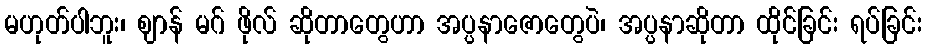
မဟုတ်ပါဘူး၊ ဈာန် မဂ် ဖိုလ် ဆိုတာတွေဟာ အပ္ပနာဇောတွေပဲ၊ အပ္ပနာဆိုတာ ထိုင်ခြင်း ရပ်ခြင်း